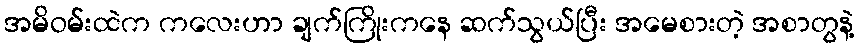
အမိဝမ်းထဲက ကလေးဟာ ချက်ကြိုးကနေ ဆက်သွယ်ပြီး အမေစားတဲ့ အစာတွနဲ့